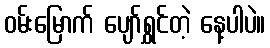
ဝမ်းမြောက် ပျော်ရွှင်တဲ့ နေ့ပါပဲ။